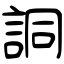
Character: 詷